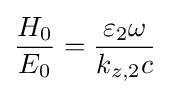
{\frac {H_{0}}{E_{0}}}={\frac {\varepsilon _{2}\omega }{k_{z,2}c}}